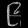
Digit: ၉